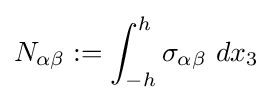
N_{\alpha \beta }:=\int _{-h}^{h}\sigma _{\alpha \beta }~dx_{3}